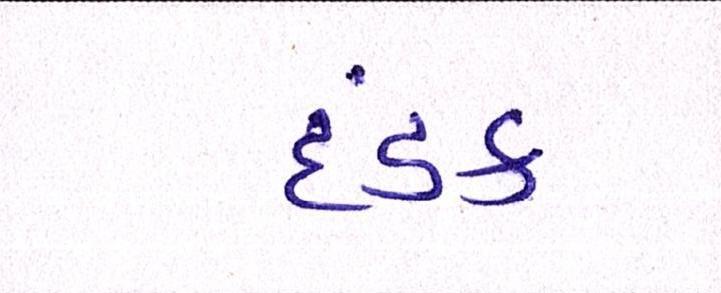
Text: દંડક